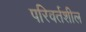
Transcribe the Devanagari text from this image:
परिवर्तशील